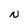
Character: N